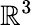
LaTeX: \mathbb{R}^{3}